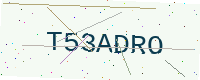
Text: T53ADRO